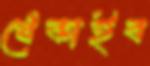
খেঁকাইব